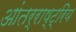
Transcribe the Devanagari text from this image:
आंतर्राष्ट्रिय